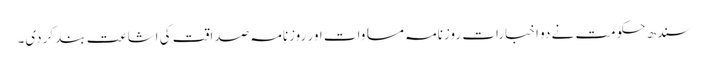
سندھ حکومت نے دو اخبارات روزنامہ مساوات اور روزنامہ صداقت کی اشاعت بند کردی۔